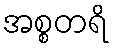
အစ္စတရိ